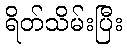
ရိတ်သိမ်းပြီး